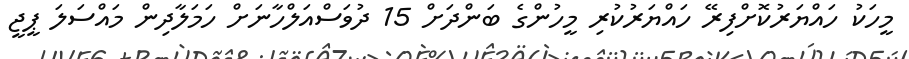
މީހަކު ހައްޔަރުކޮށްފިރޭ ހައްޔަރުކުރި މީހުންގެ ބަންދަށް 15 ދުވަސްއަލްހާނަށް ހަމަލާދިން މައްސަލަ ޕީޖީ